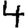
Digit: 4